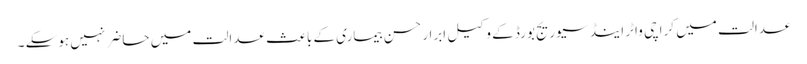
عدالت میں کراچی واٹر اینڈ سیوریج بورڈ کے وکیل ابرار حسن بیماری کے باعث عدالت میں حاضر نہیں ہوسکے ۔